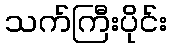
သက်ကြီးပိုင်း